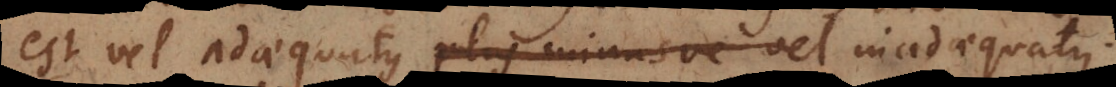
est vel adaequatus plus minusve vel inadaequatus.